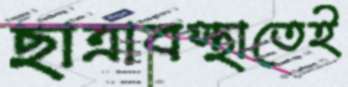
ছাত্রাবস্থাতেই